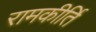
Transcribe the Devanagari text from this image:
रामकीर्ति